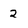
Character: 2